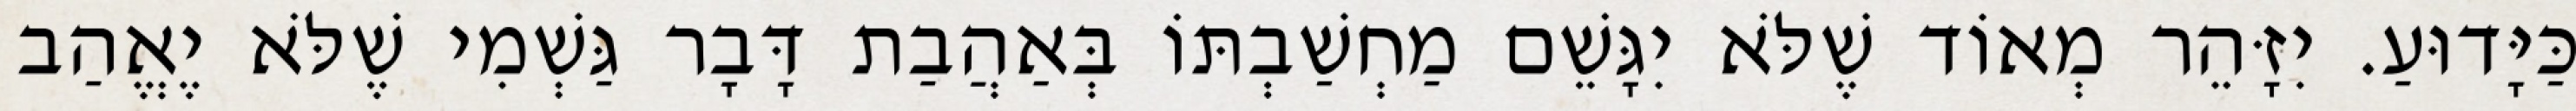
כַּיָּדוּעַ. יִזָּהֵר מְאוֹד שֶׁלֹּא יִגָּשֵׁם מַחְשַׁבְתּוֹ בְּאַהֲבַת דָּבָר גַּשְׁמִי שֶׁלֹּא יֶאֱהַב